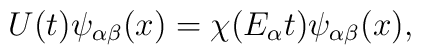
U(t)\psi _{\alpha \beta} (x)=\chi (E_{\alpha} t)\psi _{\alpha \beta} (x),